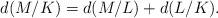
\begin{align*}d(M/K) = d(M/L)+d(L/K).\end{align*}